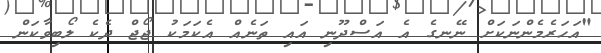
"އަހަރެމެންނަކަށް ނޭނގެ އެ އަސްދޫނި އައި ތަނެއް އެކަމަކު ޖޯޖް ދެކެ ލޯބިވާކަން